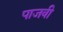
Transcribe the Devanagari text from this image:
पाजवी